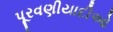
પૂરવણીયાદીઓ